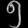
Digit: ၅